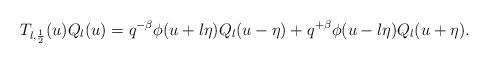
LaTeX: \begin{align*}T_{l, \frac12}(u) Q_{l}(u) = q^{-\beta}\phi (u+l \eta) Q_{l} (u-\eta) +q^{+\beta}\phi (u-l \eta) Q_{l} (u+\eta).\end{align*}